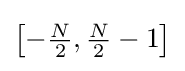
{\textstyle \left[-{\frac {N}{2}},{\frac {N}{2}}-1\right]}